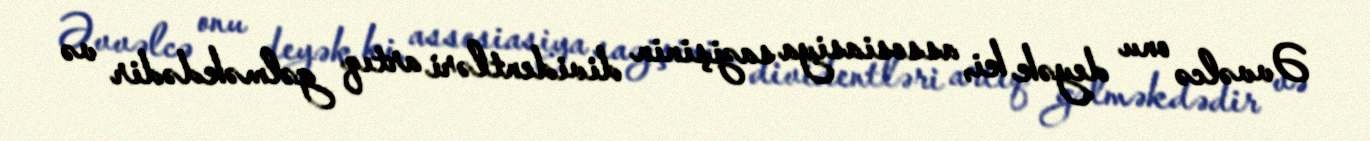
Əvvəlcə onu deyək ki, assosiasiya sazişinin dividentləri artıq gəlməkdədir və